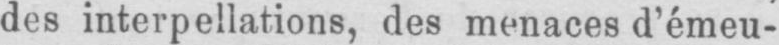
des interpellations, des menaces d’émeu-